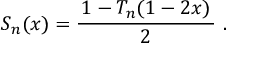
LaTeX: S _ { n } ( x ) = { \frac { \, 1 - T _ { n } ( 1 - 2 x ) \, } { 2 } } ~ .